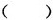
()